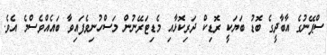
ސްޕޭނުގެ އާބާދީގެ ބޮޑު ބަޔަކީ ރޮޑިކް ދަރިކޮޅާއި މެޑިޓަރޭނުން މަސްހުނިވެފައިވާ ބައެއްވެސްމެ އެވެ.